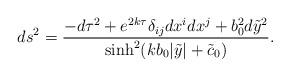
LaTeX: \begin{align*}ds^2 = \frac{-d\tau^2+e^{2k\tau}\delta_{ij}dx^idx^j+b_0^2d{\tilde y}^2}{\sinh^2(kb_0|\tilde{y}|+\tilde{c}_0)}.\end{align*}